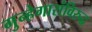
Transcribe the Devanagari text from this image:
गुन्हेगारांविरुद्ध